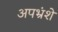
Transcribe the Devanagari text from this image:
अपभ्रंशे